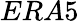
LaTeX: ERA5